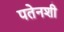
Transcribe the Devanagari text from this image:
पतेनशी